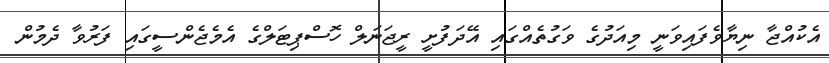
އެކުއްޖާ ނިޔާވެފައިވަނީ މިއަދުގެ ވަގުތެއްގައި އޭދަފުށީ ރީޖަނަލް ހޮސްޕިޓަލްގެ އެމެޖެންސީގައި ފަރުވާ ދެމުން